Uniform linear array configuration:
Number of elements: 12
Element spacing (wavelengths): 1
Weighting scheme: hann
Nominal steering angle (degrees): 60
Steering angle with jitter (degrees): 58.465
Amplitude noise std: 0.05
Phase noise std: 0.05

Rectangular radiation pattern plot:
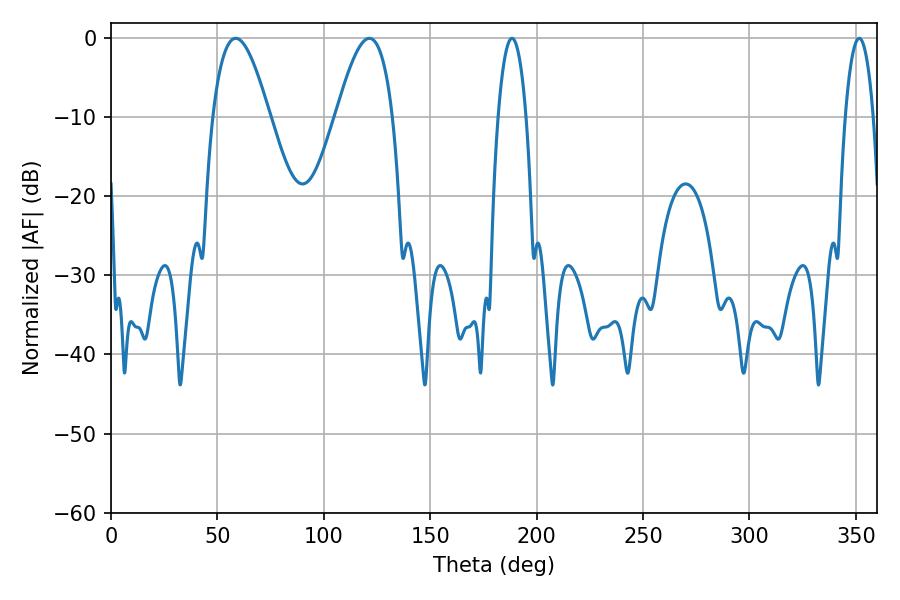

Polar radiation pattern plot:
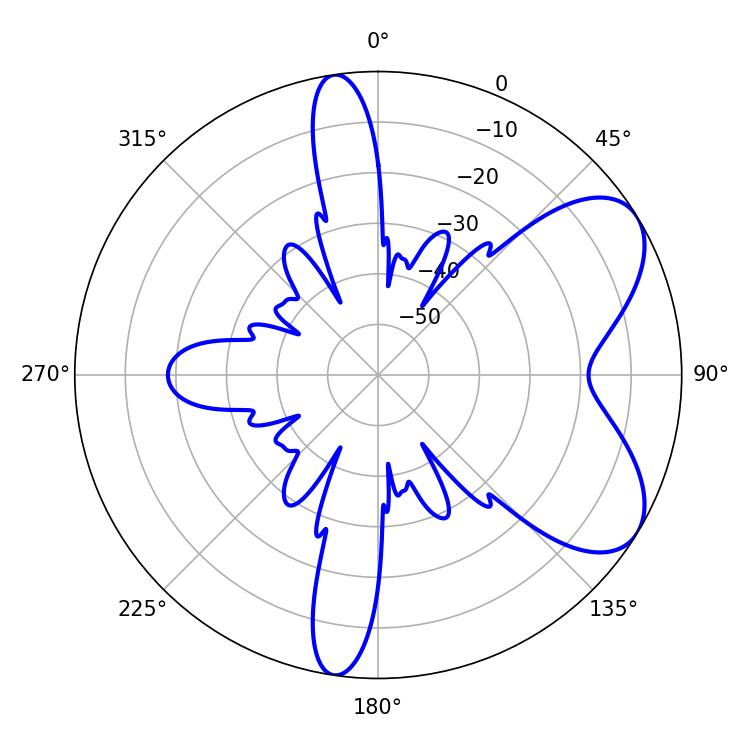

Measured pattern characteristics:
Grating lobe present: TRUE
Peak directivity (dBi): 6.608
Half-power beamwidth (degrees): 7.38
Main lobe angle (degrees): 188.46